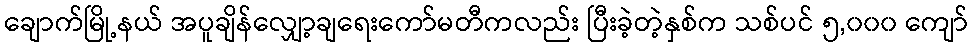
ချောက်မြို့နယ် အပူချိန်လျှော့ချရေးကော်မတီကလည်း ပြီးခဲ့တဲ့နှစ်က သစ်ပင် ၅,၀၀၀ ကျော်